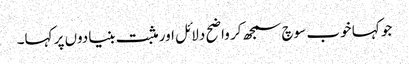
جو کہا خوب سوچ سمجھ کر واضح دلائل اور مثبت بنیادوں پر کہا۔